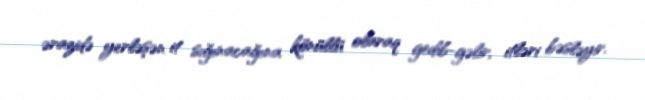
ərazidə yerləşən it sığınacağına könüllü olaraq gedib-gəlir, itləri bəsləyir.